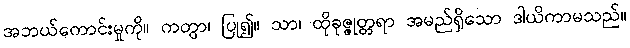
အဘယ်ကောင်းမှုကို။ ကတွာ၊ ပြု၍။ သာ၊ ထိုခုဇ္ဇုတ္တရာ အမည်ရှိသော ဒါယိကာမသည်။